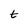
Character: t